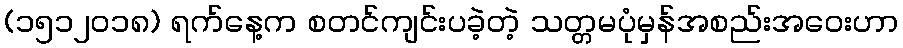
(၁၅၁၂၀၁၈) ရက်နေ့က စတင်ကျင်းပခဲ့တဲ့ သတ္တမပုံမှန်အစည်းအဝေးဟာ